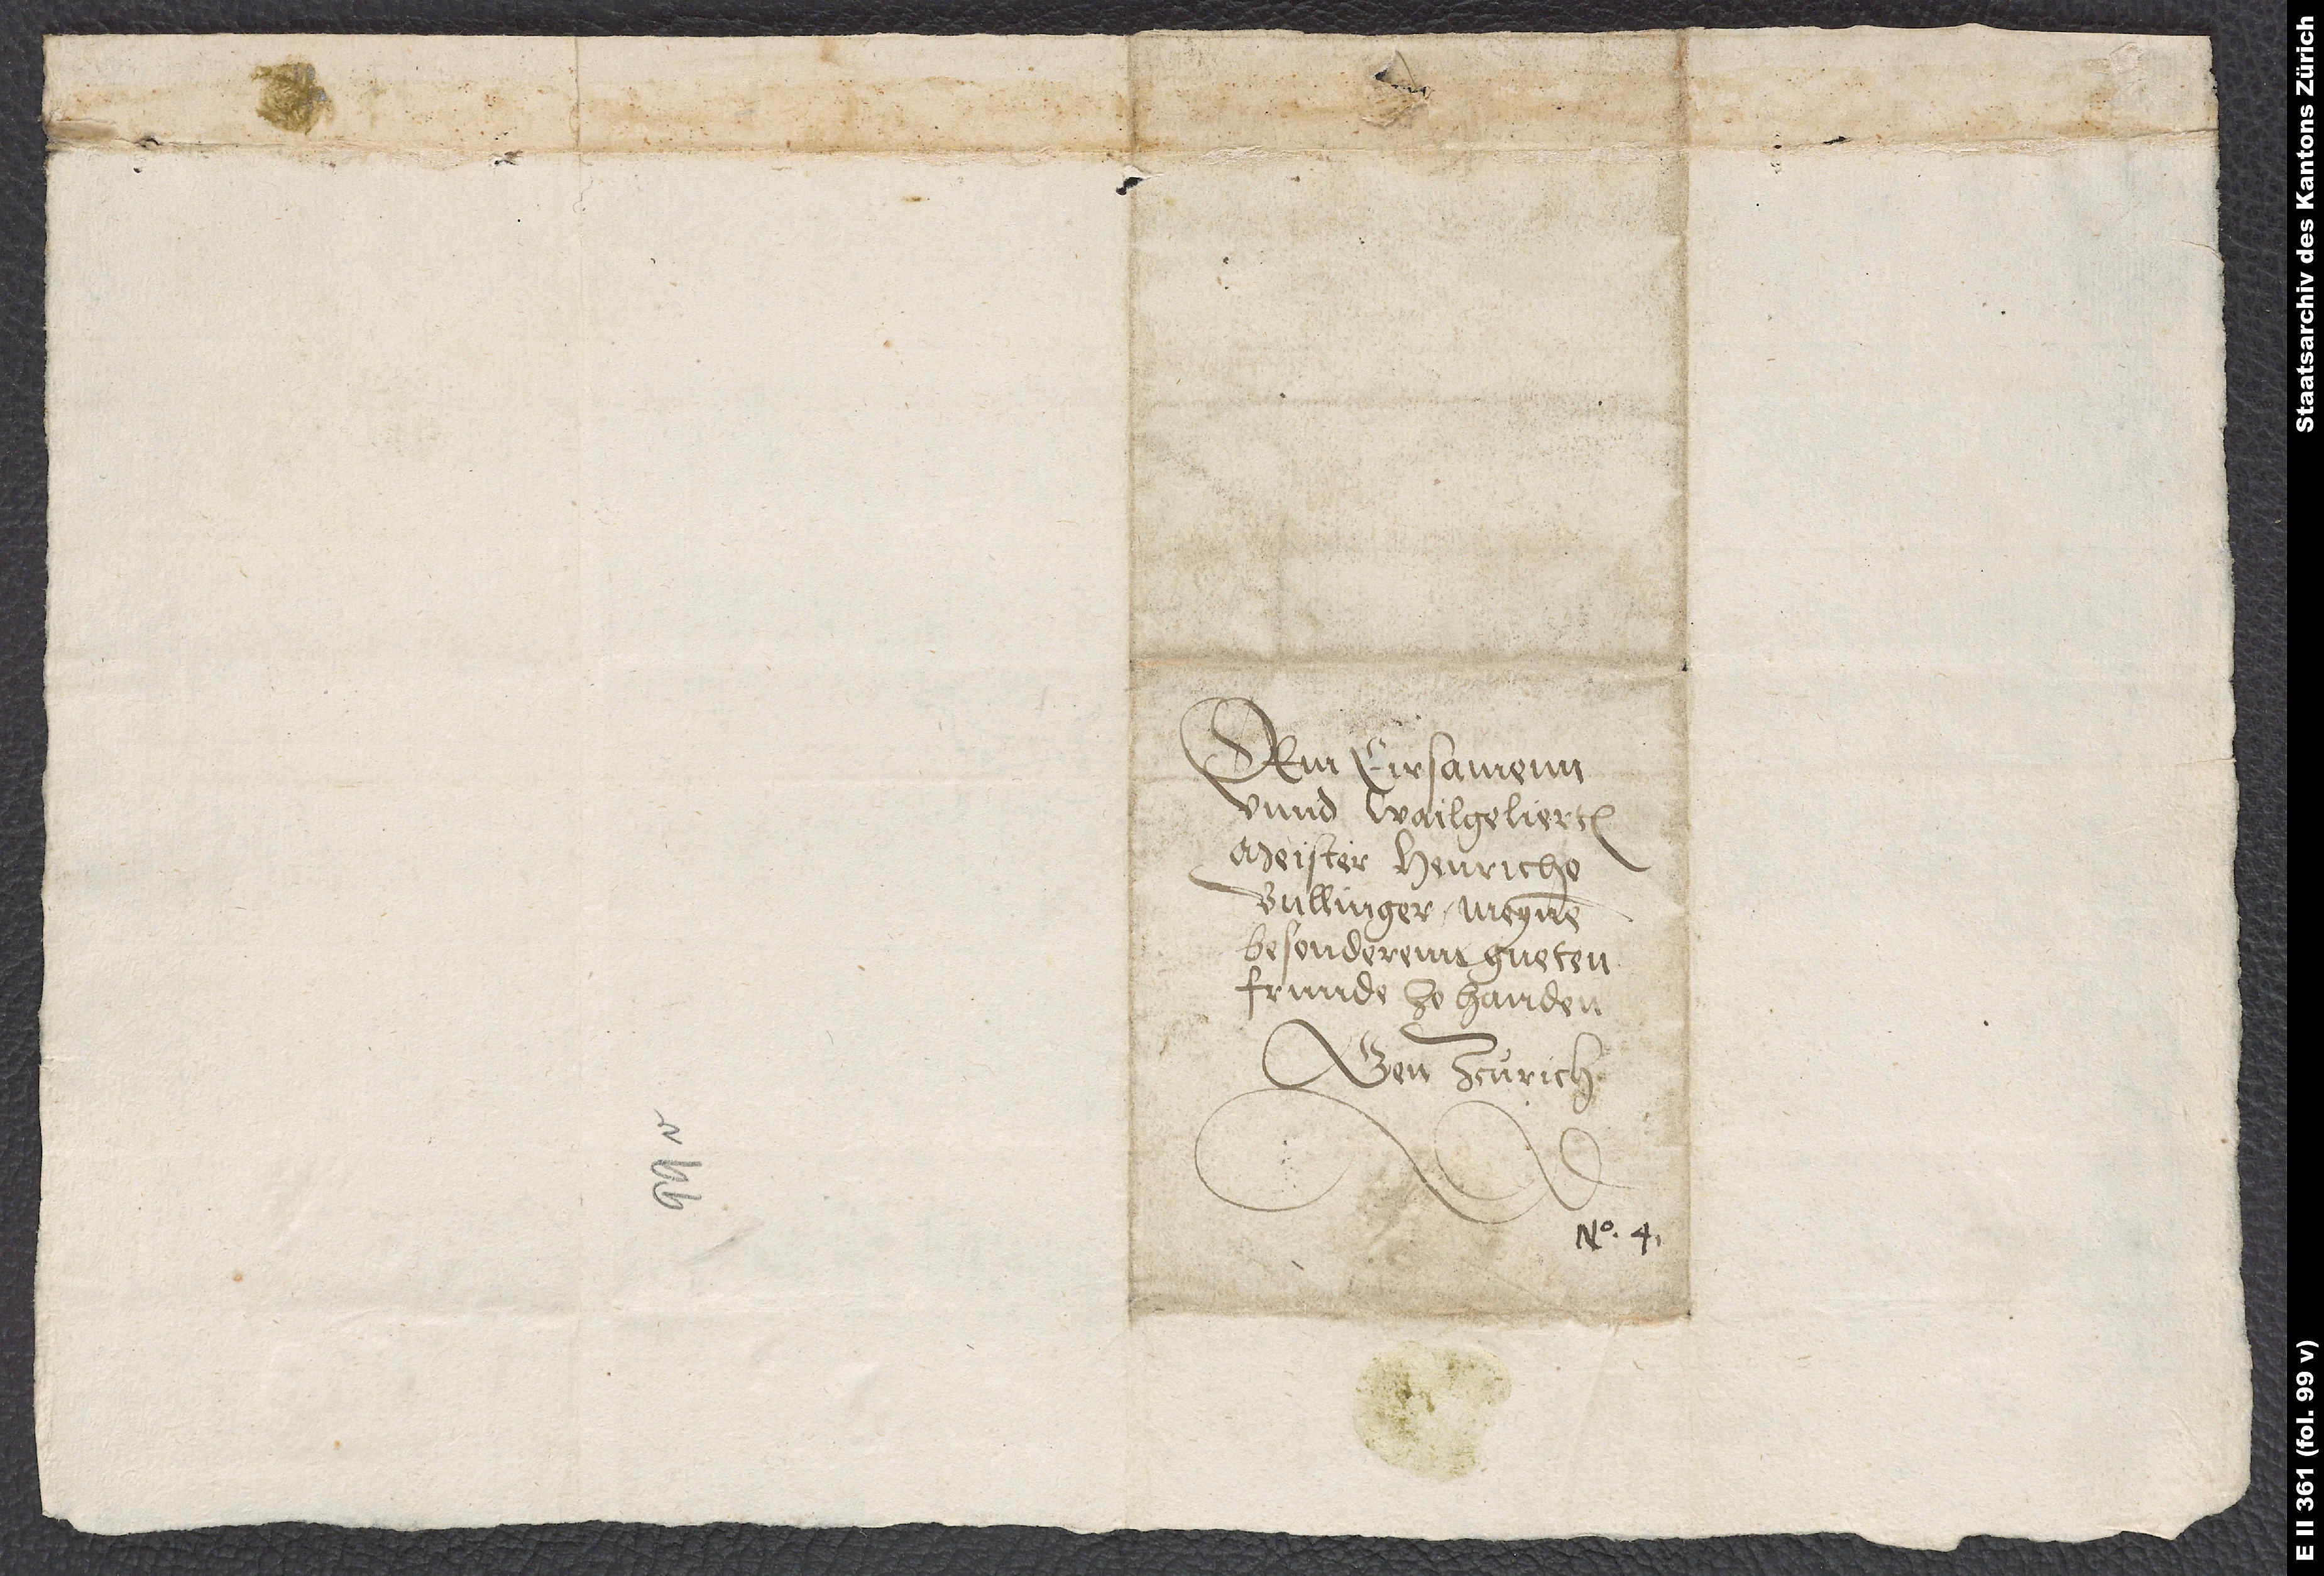
Dem ersamenn
unnd wailgelierten
Meister Henricho
Bullinger, meynem
besonderenn gueten
frunde zo handen.
Gen Zcurich.